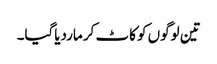
تین لوگوں کو کاٹ کر ماردیاگیا۔